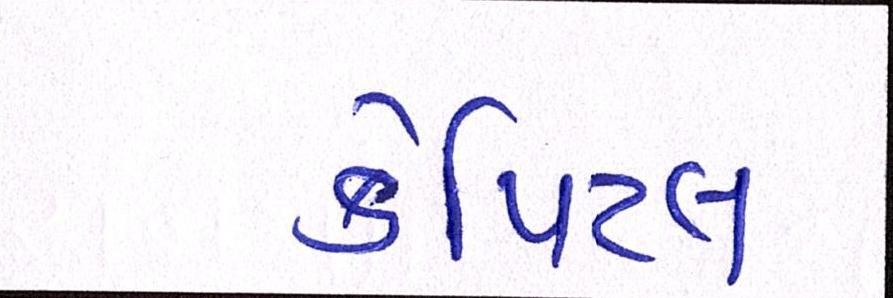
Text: કેપિટલ